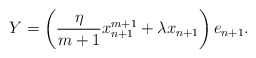
\begin{align*}Y=\left(\frac{\eta}{m+1}x_{n+1}^{m+1}+\lambda x_{n+1}\right)e_{n+1}.\end{align*}